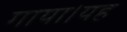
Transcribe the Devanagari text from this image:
गाया।यह